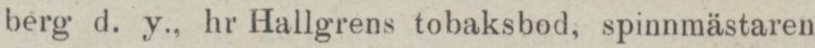
berg d. y., hr Hallgrens tobaksbod, spinnmästaren